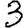
Digit: 3